Lunatic asylums in Bengal annual reports 1912-1924 - 1912-1924
Year: 1912
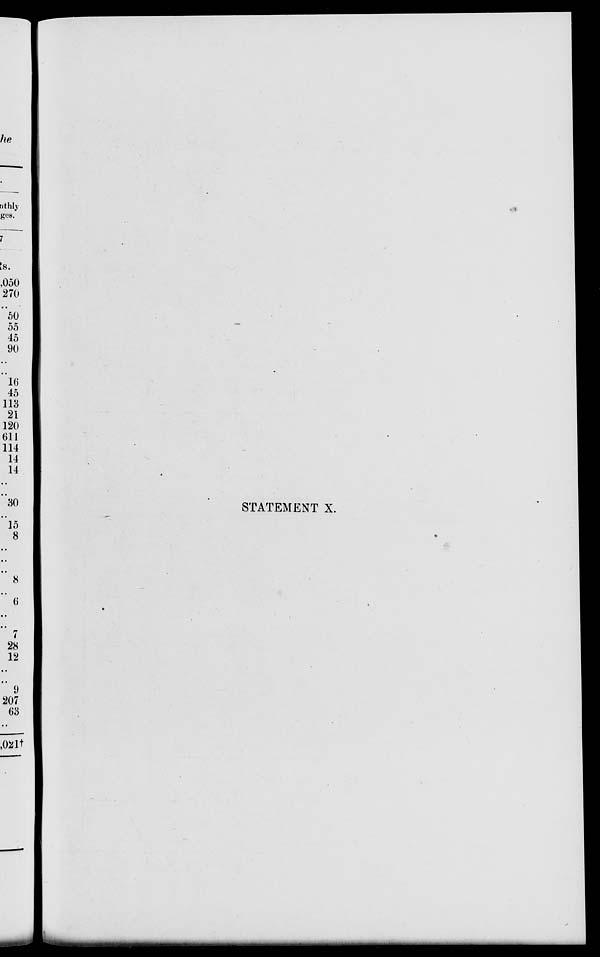
STATEMENT X.